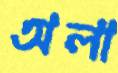
অলা